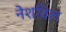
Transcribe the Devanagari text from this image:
नेशविल